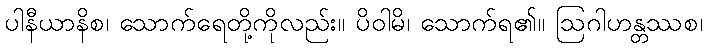
ပါနီယာနိစ၊ သောက်ရေတို့ကိုလည်း။ ပိဝါမိ၊ သောက်ရ၏။ ဩဂါဟန္တဿစ၊